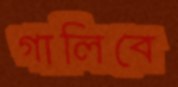
গালিবে